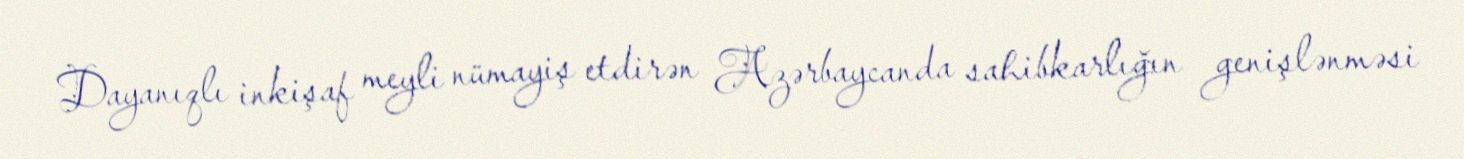
Dayanıqlı inkişaf meyli nümayiş etdirən Azərbaycanda sahibkarlığın genişlənməsi